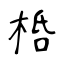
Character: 桰